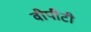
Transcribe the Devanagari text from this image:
वीपीटी